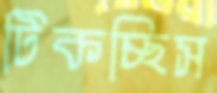
টিকচ্ছিস